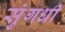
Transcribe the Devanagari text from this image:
सुंगधी